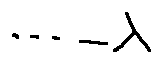
\cdots - \lambda